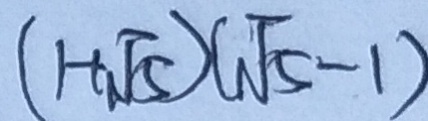
( 1 + \sqrt { 5 } ) ( \sqrt { 5 } - 1 )